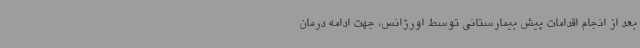
بعد از انجام اقدامات پیش بیمارستانی توسط اورژانس، جهت ادامه درمان